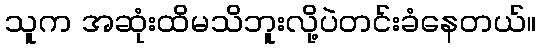
သူက အဆုံးထိမသိဘူးလို့ပဲတင်းခံနေတယ်။